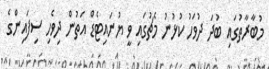
މުބާރާތުގައި ބުދަ ދުވަހު ކުޅުނު މެޗުގައި ވީ ޔުނައިޓެޑް އަތުން ދިވެހި ސިފައިންގެ